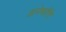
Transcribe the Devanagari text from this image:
ज्ञानेश्वरींचे